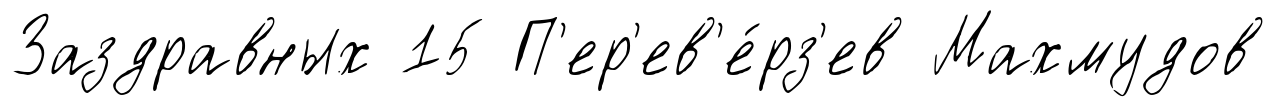
Заздравных 15 П'ер'ев'е́рз'ев Махмудов